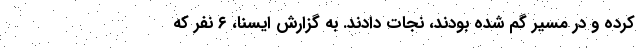
کرده و در مسیر گم شده بودند، نجات دادند. به گزارش ایسنا، ۶ نفر که